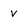
Character: v